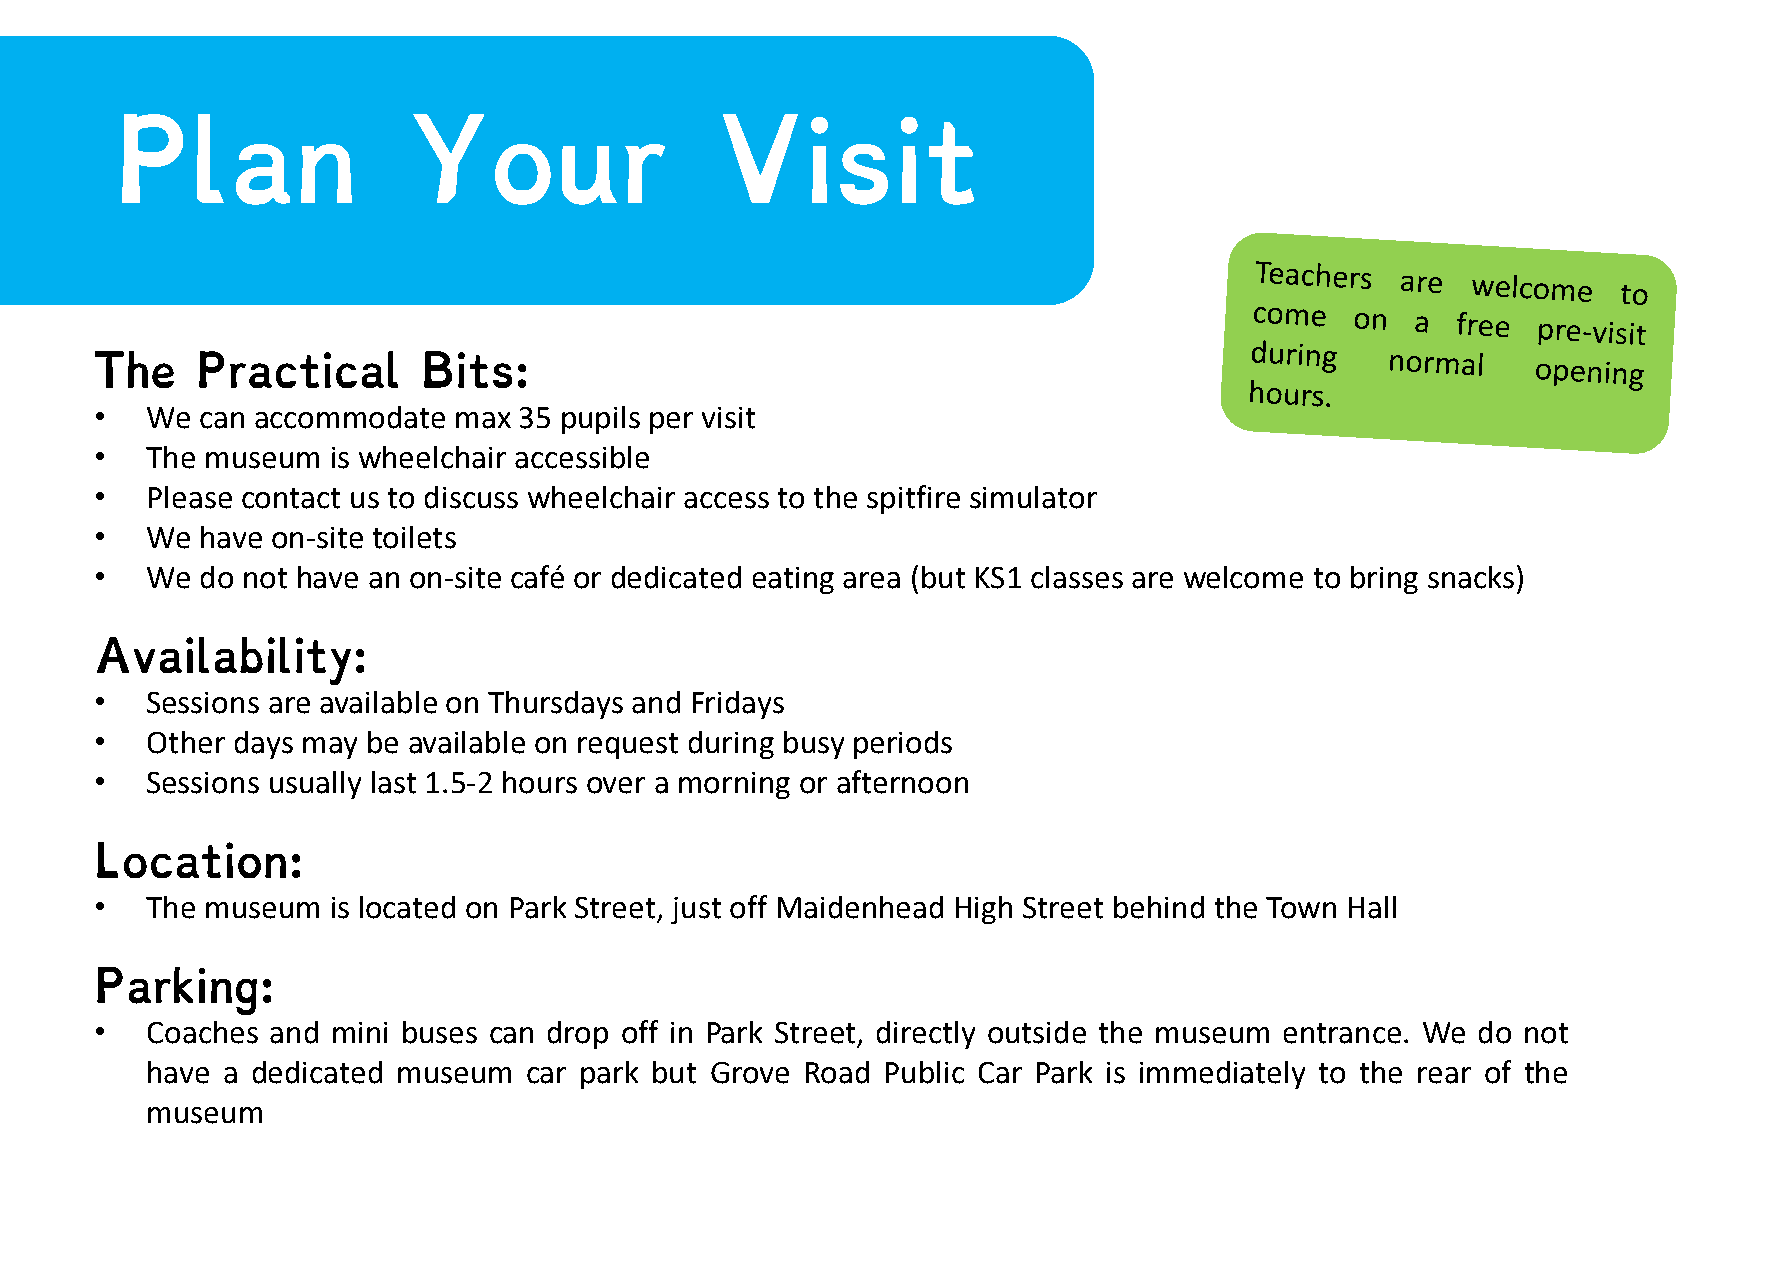
Plan               Your                Visit
 The    Practical      Bits:
 •   We can accommodate  max 35 pupils per visit
 •   The museum  is wheelchair accessible
 •   Please contact us to discuss wheelchair access to the spitfire simulator
 •   We have on-site toilets
 •   We do not have an on-site café or dedicated eating area (but KS1 classes are welcome to bring snacks)
 Availability:
 •   Sessions are available on Thursdays and Fridays
 •   Other days may be available on request during busy periods
 •   Sessions usually last 1.5-2 hours over a morning or afternoon
 Location:
 •   The museum  is located on Park Street, just off Maidenhead High Street behind the Town Hall
 Parking:
 •   Coaches and mini buses can drop off in Park Street, directly outside the museum entrance. We do not
 have a dedicated museum  car park but Grove Road Public Car Park is immediately to the rear of the
 museum